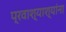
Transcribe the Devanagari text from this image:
प्रवाश्याश्यांना